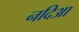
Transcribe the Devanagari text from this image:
नदिआ